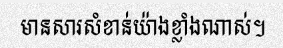
មានសារសំខាន់យ៉ាងខ្លាំងណាស់។